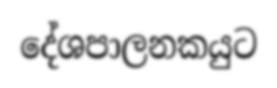
දේශපාලනකයුට